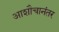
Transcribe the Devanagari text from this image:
आशौचानंतर